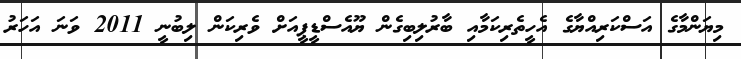
މިޔަންމާގެ އަސްކަރިއްޔާގެ އެހީތެރިކަމާއި ބާރުލިބިގެން ޔޫއެސްޑީޕީއަށް ވެރިކަން ލިބުނީ 2011 ވަނަ އަހަރު